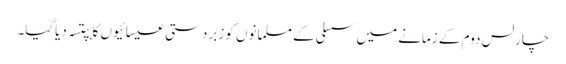
چارلس دوم کے زمانے میں سسلی کے مسلمانوں کو زبردستی عیسائیوں کا بپتسہ دیاگیا۔